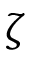
\zeta